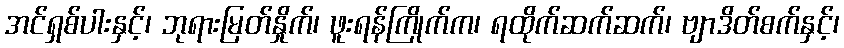
အင်ရှစ်ပါးနှင့်၊ ဘုရားမြတ်နှိုက်၊ ဖူးရန်ကြိုက်က၊ ရထိုက်ဆက်ဆက်၊ ဗျာဒိတ်စက်နှင့်၊